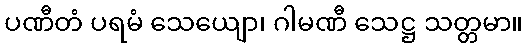
ပဏီတံ ပရမံ သေယျော၊ ဂါမဏီ သေဋ္ဌ သတ္တမာ။